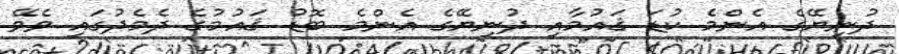
ދުނިޔޭގެ އެންމެ ކުޑަ ޤައުމާއި ދުނިޔޭގެ އެންމެ ބޮޑު ޤައުމުގެ ދެމެދުގައި ވެވޭ